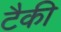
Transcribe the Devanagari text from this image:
टैकी